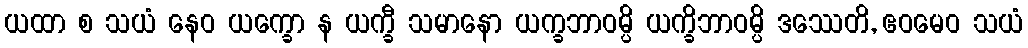
ယထာ စ သယံ နေဝ ယက္ခော န ယက္ခီ သမာနော ယက္ခဘာဝမ္ပိ ယက္ခိဘာဝမ္ပိ ဒဿေတိ, ဧဝမေဝ သယံ